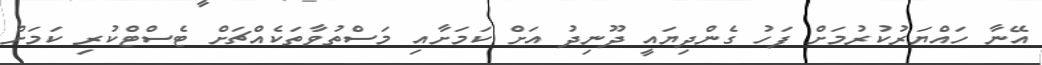
އޭނާ ހައްޔަރުކުރުމަށް ފަހު ގެންދިޔައީ ދޫނިދު އަށް ކަމަށާއި މަސްތުވާތަކެއްޗަށް ޓެސްޓްކުރި ކަމަށް